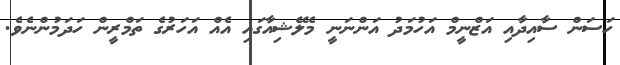
ހަސަން ސާއިދާއި އަޒްނީމް އަހުމަދު އަންނަނީ މެލޭޝިއާގައި އެއް އަހަރުގެ ތަމްރީން ހަދަމުންނެވެ.